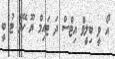
އޯ ވީ ބިލީވް އިޓްސް ދަ ޓައިމް ޔޫ ހޭވް ޓު ބީ